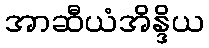
အာဆီယံအိန္ဒိယ